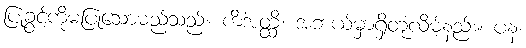
ပြုခွင့်ကိုမပြုသောမည်သည်။ ကိံအတ္ထိ၊ အဘယ်မှာရှိတုံလိမ့်နည်း။ ပန၊